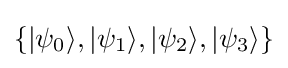
\{|\psi _{0}\rangle ,|\psi _{1}\rangle ,|\psi _{2}\rangle ,|\psi _{3}\rangle \}